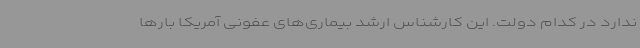
ندارد در کدام دولت. این کارشناس ارشد بیماری‌های عفونی آمریکا بارها